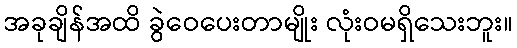
အခုချိန်အထိ ခွဲဝေပေးတာမျိုး လုံးဝမရှိသေးဘူး။